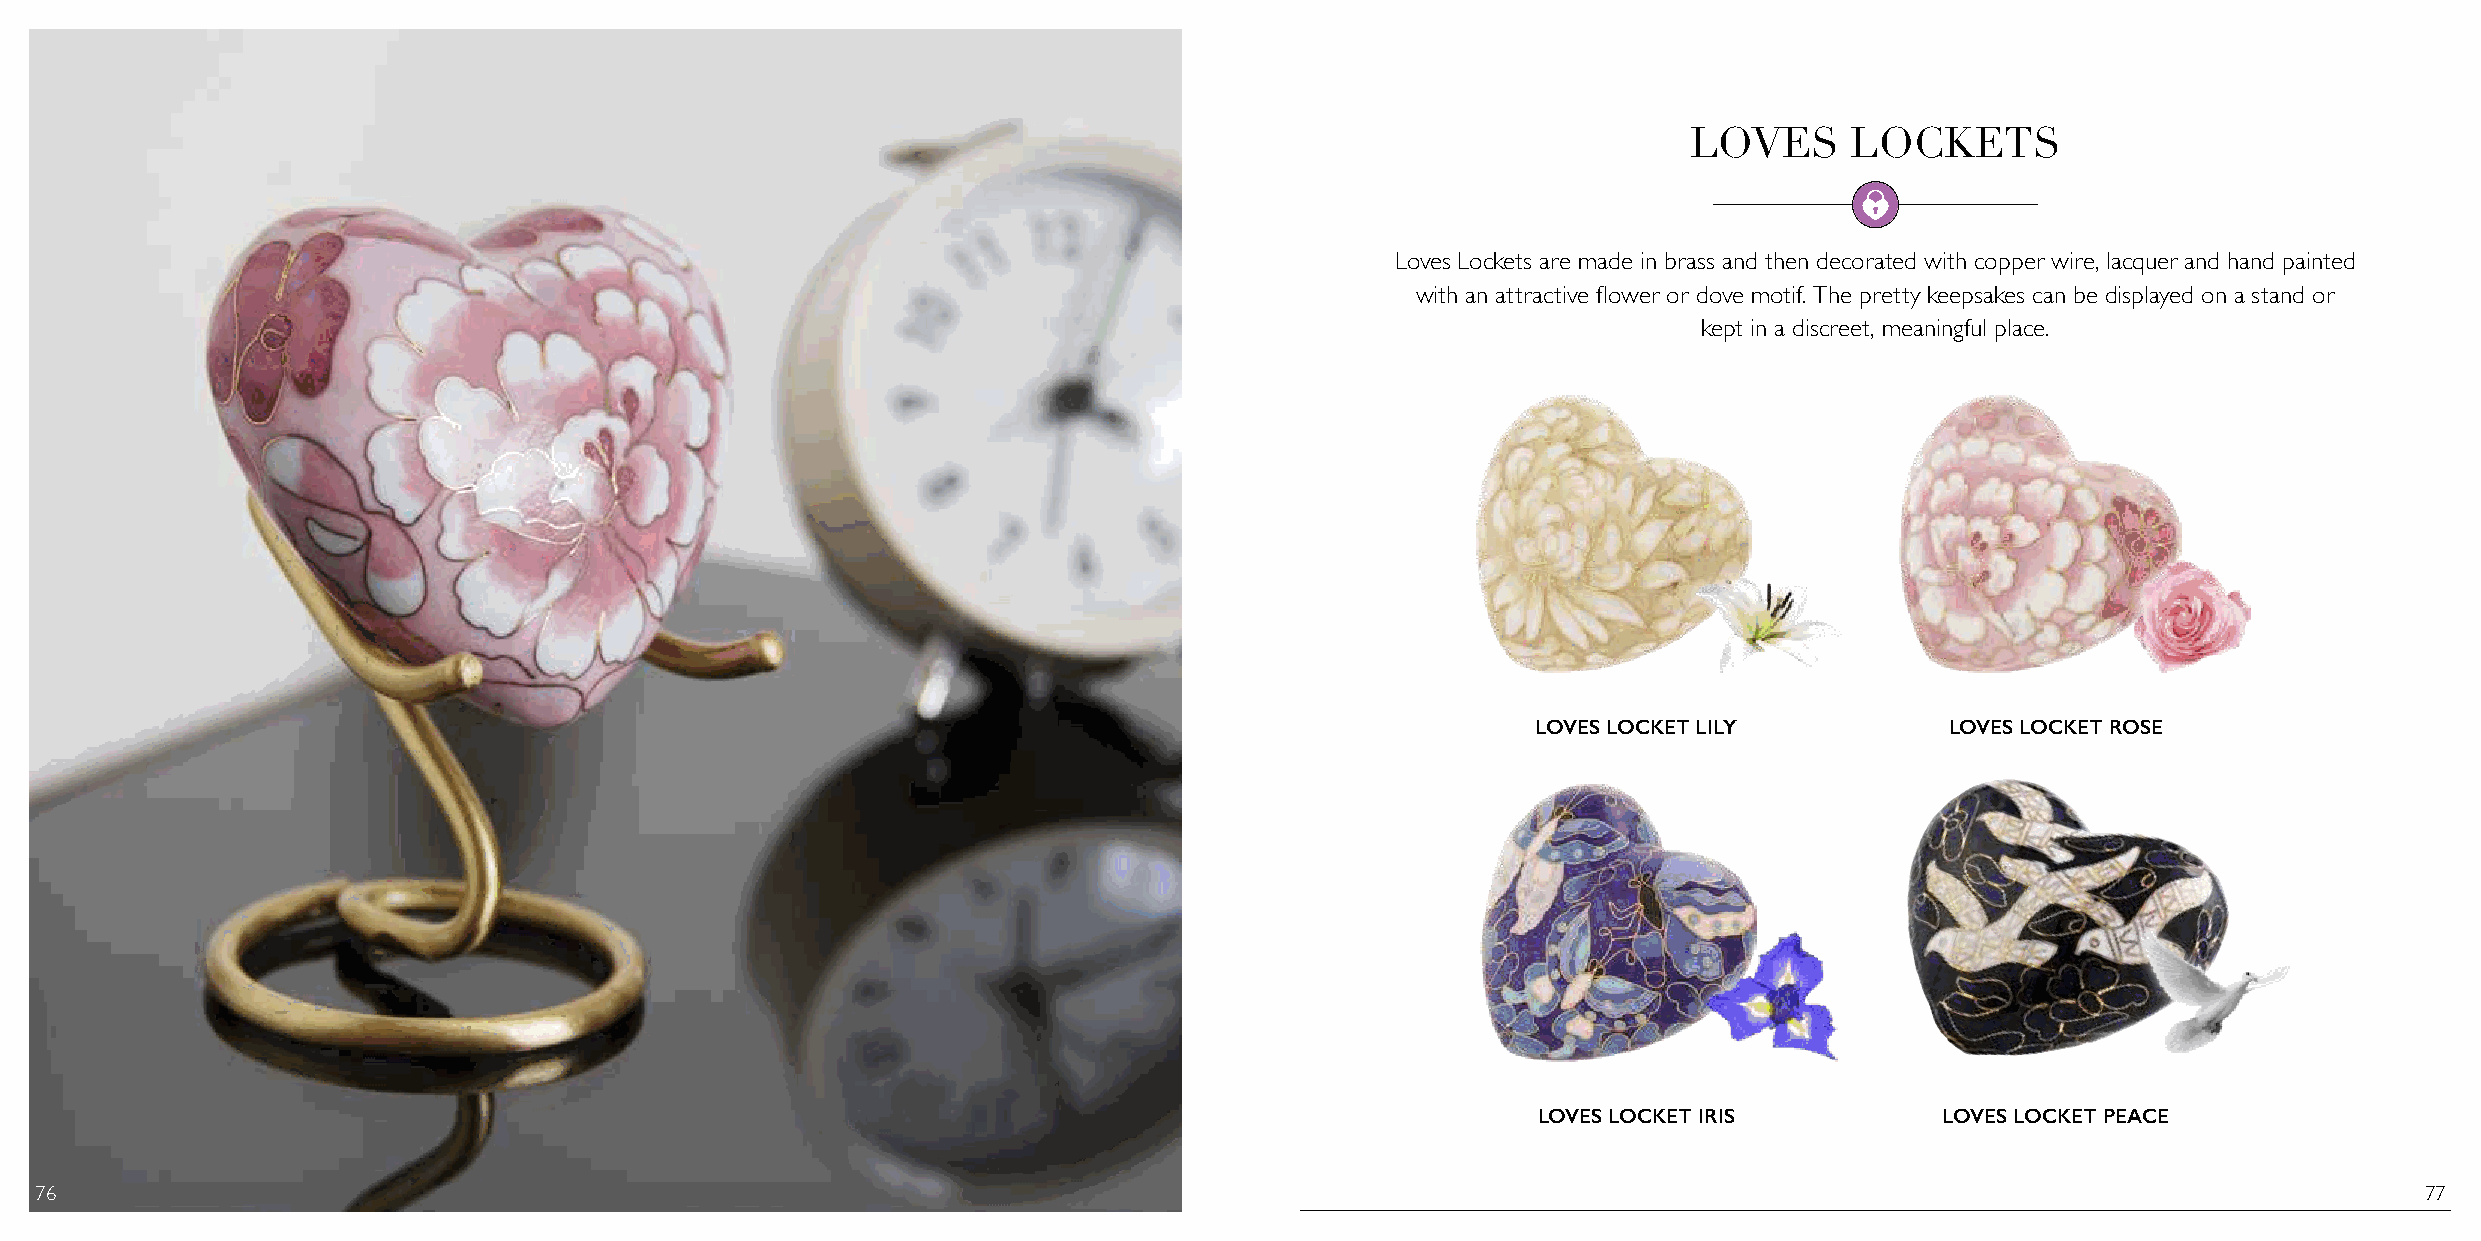
LOVES      LOCKETS
 Loves Lockets are made in brass and then decorated with copper wire, lacquer and hand painted
 with an attractive flower or dove motif. The pretty keepsakes can be displayed on a stand or
 kept in a discreet, meaningful place.
 LOVES LOCKET LILY          LOVES LOCKET ROSE
 LOVES LOCKET IRIS          LOVES LOCKET PEACE
 76                                                                                                                                                            77